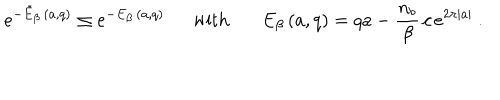
\left. e ^ { - \tilde { E } _ { \beta } \, ( a , q ) } \leq e ^ { - E _ { \beta } \, ( a , q ) } \ \ \mathrm { w i t h } \ \ \ E _ { \beta } \, ( a , q ) = q a - \frac { n _ { b } } { \beta } \, c \, e ^ { 2 \pi | a | } \ . \right.